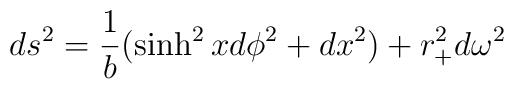
ds^2={1\over b}(\sinh^2 xd\phi^2+dx^2)+r^2_+d\omega^2